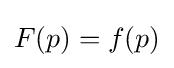
F(p)=f(p)